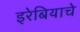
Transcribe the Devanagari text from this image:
इरेबियाचे